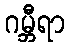
ဂမ္ဘီရာ